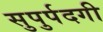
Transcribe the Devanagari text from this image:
सुपुर्पदगी